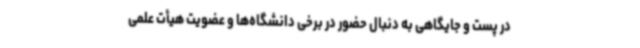
در پست و جایگاهی به دنبال حضور در برخی دانشگاه‌ها و عضویت هیأت علمی